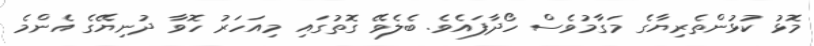
މޮޅު ކުޅުންތެރިޔާގެ މަގާމުވެސް ހޯދާފައެވެ. ބެލެވޭ ގޮތުގައި މިއަހަރު ހޮވާ ދުނިޔޭގެ އެންމެ